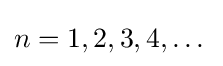
n=1,2,3,4,\dots